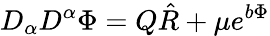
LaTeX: D_{\alpha}D^{\alpha}\Phi=Q\hat{R}+\mu e^{b\Phi}